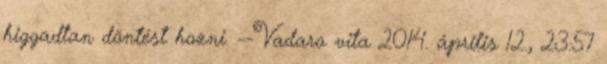
higgadtan döntést hozni. --Vadaro vita 2014. április 12., 23:57